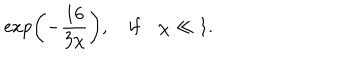
LaTeX: \exp \left( - \frac { 1 6 } { 3 \chi } \right) , \quad \mathrm { i f } \quad \chi \ll 1 .